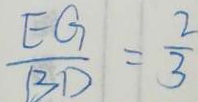
\frac { E G } { B D } = \frac { 2 } { 3 }